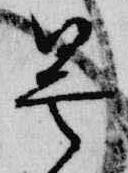
曇